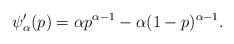
\begin{align*}\psi'_\alpha(p) = \alpha p^{\alpha -1} -\alpha (1-p)^{\alpha-1}. \end{align*}